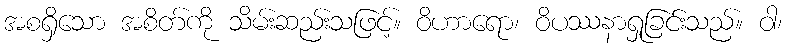
အစရှိသော အစိတ်ကို သိမ်းဆည်းသဖြင့်။ ဝိဟာရော၊ ဝိပဿနာရှုခြင်းသည်။ ဝါ၊